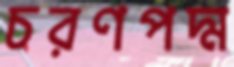
চরণপদ্ম